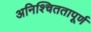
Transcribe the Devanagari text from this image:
अनिश्चिततापूर्ण